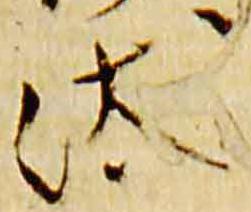
汰